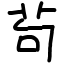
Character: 茍